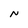
Character: N